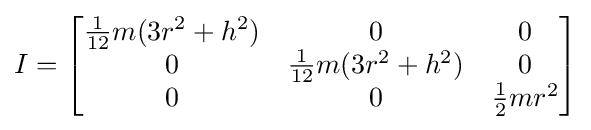
I={\begin{bmatrix}{\frac {1}{12}}m(3r^{2}+h^{2})&0&0\\0&{\frac {1}{12}}m(3r^{2}+h^{2})&0\\0&0&{\frac {1}{2}}mr^{2}\end{bmatrix}}